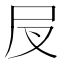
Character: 𡰫